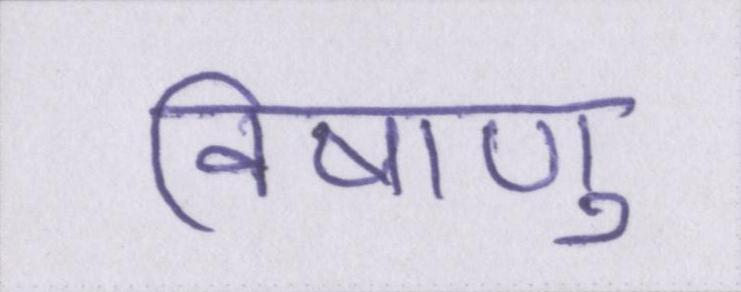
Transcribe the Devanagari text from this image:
विषाणु